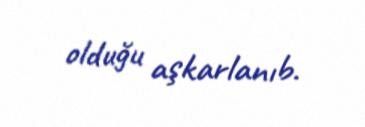
olduğu aşkarlanıb.